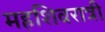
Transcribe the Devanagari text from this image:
महशिवरात्री